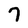
Character: 7